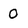
Character: 0